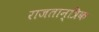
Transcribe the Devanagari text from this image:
राजतान्त्रिक